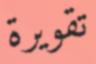
تقويرة